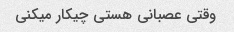
وقتی عصبانی هستی چیکار میکنی